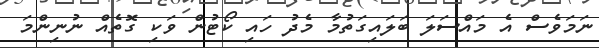
ނަމަވެސް އެ މައްސަލަ ބަލައިގަތުމާ މެދު ހައި ކޯޓުން ވަކި ގޮތެއް ނުނިންމަ